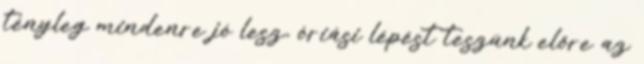
tényleg mindenre jó lesz, óriási lépést teszünk előre az